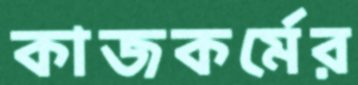
কাজকর্মের